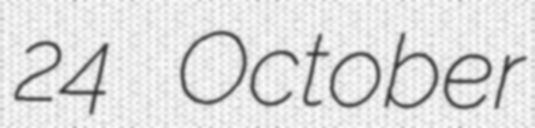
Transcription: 24 October